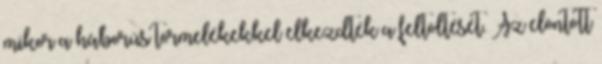
mikor a háborús törmelékekkel elkezdték a feltöltését. Az elöntött